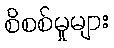
စိစစ်မှုများ